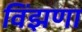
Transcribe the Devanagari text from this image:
विंझणा